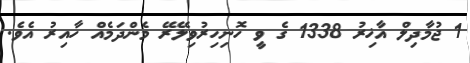
1 ޖުމާދިލް އާޚިރު 1338 ގެ ވީ ހޮނިހިރުވިލޭރޭ މެންދަމެއް ހާއިރު އެވެ.